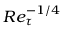
R e _ { \tau } ^ { - 1 / 4 }